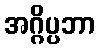
အဂ္ဂိပ္ပဘာ